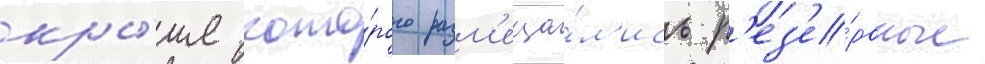
кры́ше кото́рого разм'еща́л'ись р'ез'е́рвные